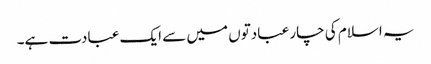
یہ اسلام کی چار عبادتوں میں سے ایک عبادت ہے۔